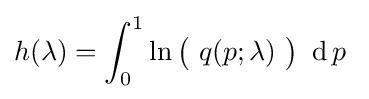
h(\lambda )=\int _{0}^{1}\ln {\bigl (}\ q(p;\lambda )\ {\bigr )}\ \operatorname {d} p~